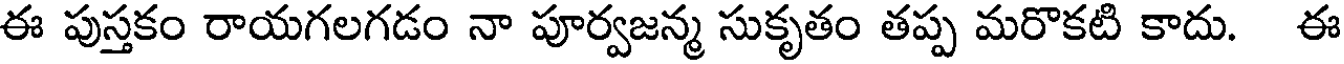
ఈ పుస్తకం రాయగలగడం నా పూర్వజన్మ సుకృతం తప్ప మరొకటి కాదు. ఈ